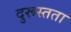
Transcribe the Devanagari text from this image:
दुरूस्तता